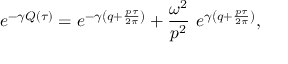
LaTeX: e ^ { - \gamma Q ( \tau ) } = e ^ { - \gamma \left( q + \frac { p \tau } { 2 \pi } \right) } + \frac { \omega ^ { 2 } } { p ^ { 2 } } \, \, e ^ { \gamma \left( q + \frac { p \tau } { 2 \pi } \right) } ,